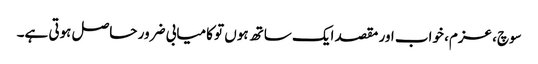
سوچ، عزم، خواب اور مقصد ایک ساتھ ہوں تو کامیابی ضرور حاصل ہوتی ہے۔